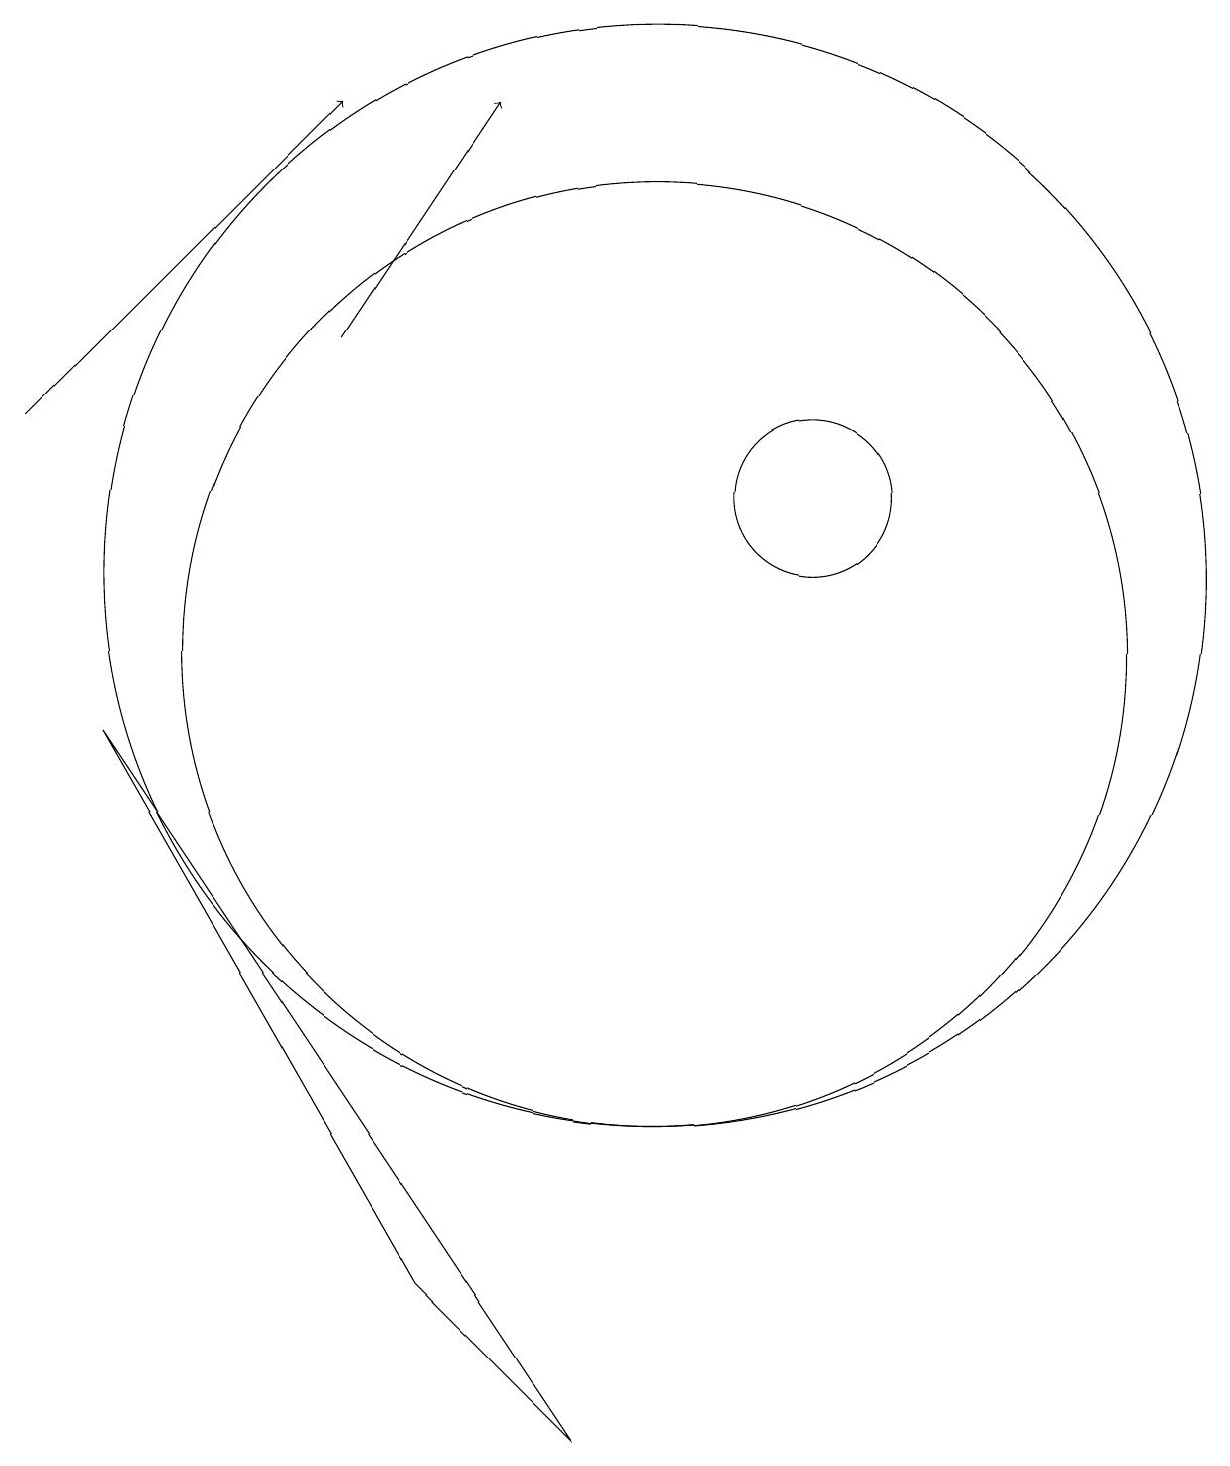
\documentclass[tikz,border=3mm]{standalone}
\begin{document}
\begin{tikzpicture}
\draw (12,12) circle (1);
\draw (10,11) circle (7);
\draw[->] (2,13) -- (6,17);
\draw[->] (6,14) -- (8,17);
\draw (10,10) circle (6);
\draw (3,9) -- (7,2) -- (9,0) -- cycle;
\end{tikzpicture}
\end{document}